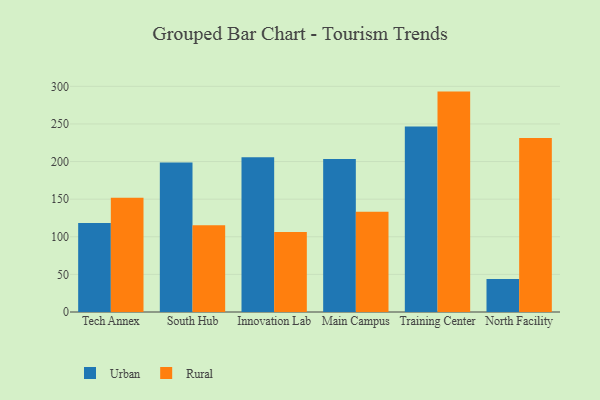
{"axis": {"x": "Campus", "y": "Shipments"}, "legend": ["Rural", "Urban"], "data": [{"x": "Tech Annex", "y": 118.2, "type": "Urban"}, {"x": "Tech Annex", "y": 152.0, "type": "Rural"}, {"x": "South Hub", "y": 198.9, "type": "Urban"}, {"x": "South Hub", "y": 115.2, "type": "Rural"}, {"x": "Innovation Lab", "y": 205.8, "type": "Urban"}, {"x": "Innovation Lab", "y": 106.3, "type": "Rural"}, {"x": "Main Campus", "y": 203.4, "type": "Urban"}, {"x": "Main Campus", "y": 133.2, "type": "Rural"}, {"x": "Training Center", "y": 246.6, "type": "Urban"}, {"x": "Training Center", "y": 293.0, "type": "Rural"}, {"x": "North Facility", "y": 43.8, "type": "Urban"}, {"x": "North Facility", "y": 231.2, "type": "Rural"}]}